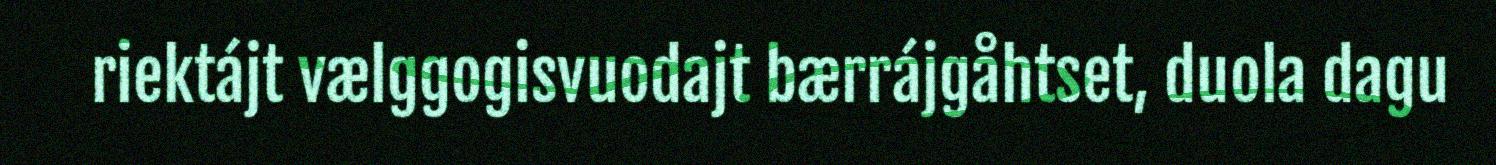
riektájt vælggogisvuodajt bærrájgåhtset, duola dagu